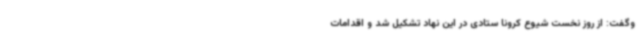
وگفت: از روز نخست شیوع کرونا ستادی در این نهاد تشکیل شد و اقدامات